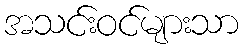
အသင်းဝင်များသာ